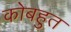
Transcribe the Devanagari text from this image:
कोबहुत